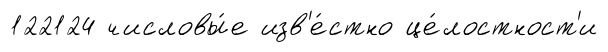
122124 числовы́е изв'е́стно це́лостност'и